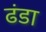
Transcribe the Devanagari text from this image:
ढंडा